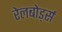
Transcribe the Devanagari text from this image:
रेलबोर्ड्स